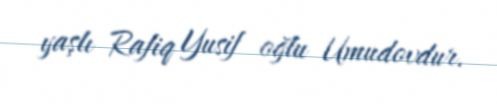
yaşlı Rafiq Yusif oğlu Umudovdur.